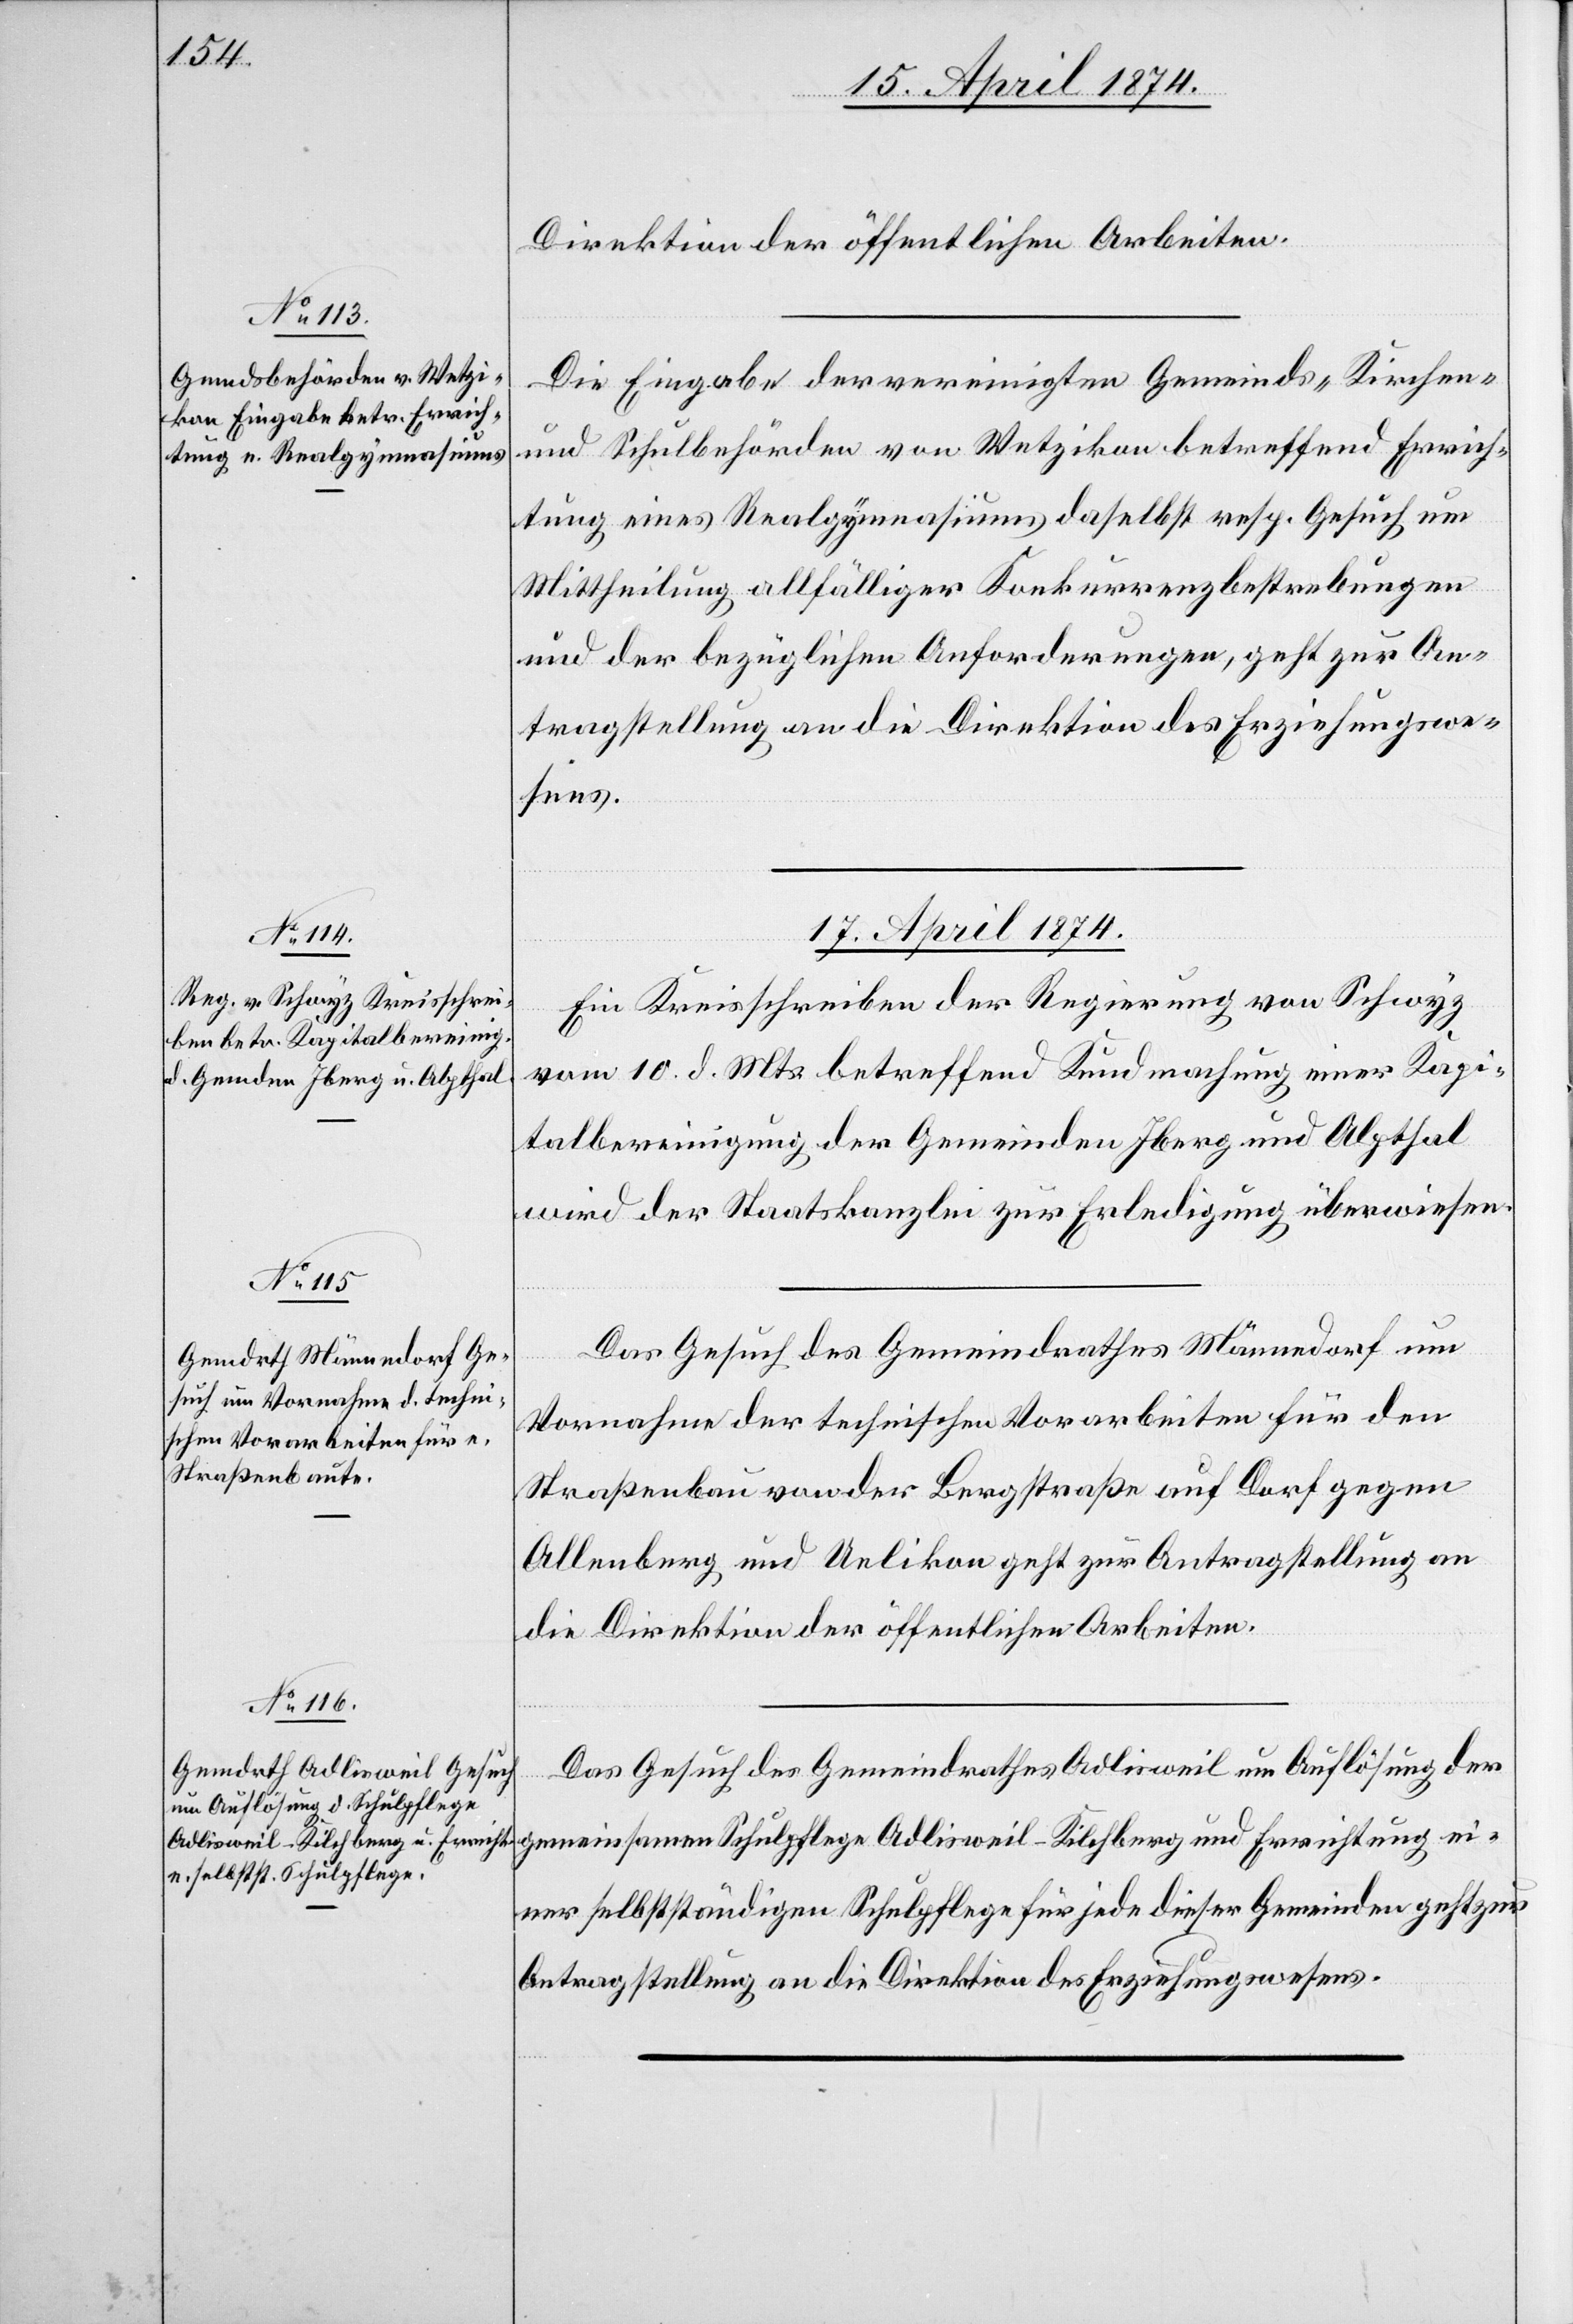
15. April 1874.]
Direktion der öffentlichen Arbeiten.
Die Eingabe der vereinigten Gemeinds- Kirchen-
und Schulbehörden von Wetzikon betreffend Errich¬
tung eines Realgymnasiums daselbst resp. Gesuch um
Mittheilung allfälliger Konkurrenzbestrebungen
und der bezüglichen Anforderungen, geht zur An¬
tragstellung an die Direktion des Erziehungswe¬
sens.
17. April 1874.]
Ein Kreisschreiben der Regierung von Schwyz
vom 10. d. Mts. betreffend Kundmachung einer Kapi¬
talbereinigung der Gemeinden Iberg und Alpthal
wird der Staatskanzlei zur Erledigung überwiesen.
Das Gesuch des Gemeindrathes Männedorf um
Vornahme der technischen Vorarbeiten für den
Straßenbau von der Bergstraße auf Dorf gegen
Allenberg und Uelikon geht zur Antragstellung an
die Direktion der öffentlichen Arbeiten.
Das Gesuch des Gemeindrathes Adlisweil um Auflösung der
gemeinsamen Schulpflege Adlisweil-Kilchberg und Errichtung ei¬
ner selbstständigen Schulpflege für jede dieser Gemeinden geht zur
Antragstellung an die Direktion des Erziehungswesens.